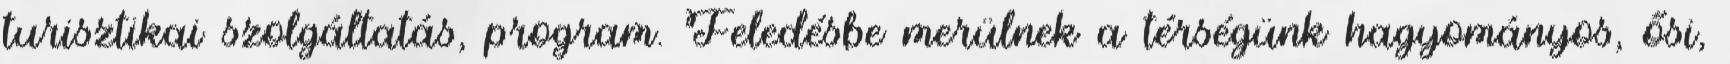
turisztikai szolgáltatás, program. Feledésbe merülnek a térségünk hagyományos, ősi,